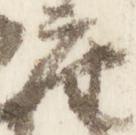
座